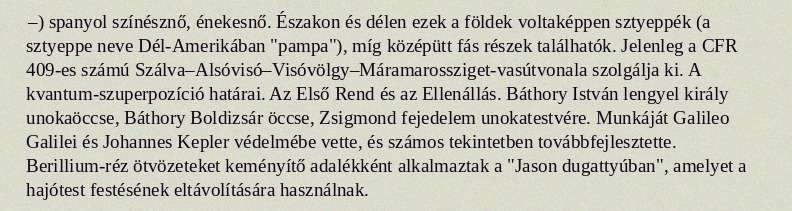
–) spanyol színésznő, énekesnő. Északon és délen ezek a földek voltaképpen sztyeppék (a sztyeppe neve Dél-Amerikában "pampa"), míg középütt fás részek találhatók. Jelenleg a CFR 409-es számú Szálva–Alsóvisó–Visóvölgy–Máramarossziget-vasútvonala szolgálja ki. A kvantum-szuperpozíció határai. Az Első Rend és az Ellenállás. Báthory István lengyel király unokaöccse, Báthory Boldizsár öccse, Zsigmond fejedelem unokatestvére. Munkáját Galileo Galilei és Johannes Kepler védelmébe vette, és számos tekintetben továbbfejlesztette. Berillium-réz ötvözeteket keményítő adalékként alkalmaztak a "Jason dugattyúban", amelyet a hajótest festésének eltávolítására használnak.